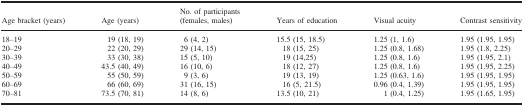
<table><thead><tr><td><b>Age bracket (years)</b></td><td><b>Age (years)</b></td><td><b>No. of participants (females, males)</b></td><td><b>Years of education</b></td><td><b>Visual acuity</b></td><td><b>Contrast sensitivity</b></td></tr></thead><tbody><tr><td>18–19</td><td>19 (18, 19)</td><td>6 (4, 2)</td><td>15.5 (15, 18.5)</td><td>1.25 (1, 1.6)</td><td>1.95 (1.95, 1.95)</td></tr><tr><td>20–29</td><td>22 (20, 29)</td><td>29 (14, 15)</td><td>18 (15, 25)</td><td>1.25 (0.8, 1.68)</td><td>1.95 (1.8, 2.25)</td></tr><tr><td>30–39</td><td>33 (30, 38)</td><td>15 (5, 10)</td><td>19 (14,25)</td><td>1.25 (0.8, 1.6)</td><td>1.95 (1.95, 2.1)</td></tr><tr><td>40–49</td><td>43.5 (40, 49)</td><td>16 (10, 6)</td><td>18 (12, 27)</td><td>1.25 (0.8, 1.6)</td><td>1.95 (1.95, 2.25)</td></tr><tr><td>50–59</td><td>55 (50, 59)</td><td>9 (3, 6)</td><td>19 (13, 19)</td><td>1.25 (0.63, 1.6)</td><td>1.95 (1.95, 1.95)</td></tr><tr><td>60–69</td><td>66 (60, 69)</td><td>31 (16, 15)</td><td>16 (5, 21.5)</td><td>0.96 (0.4, 1.39)</td><td>1.95 (1.95, 1.95)</td></tr><tr><td>70–81</td><td>73.5 (70, 81)</td><td>14 (8, 6)</td><td>13.5 (10, 21)</td><td>1 (0.4, 1.25)</td><td>1.95 (1.65, 1.95)</td></tr></tbody></table>